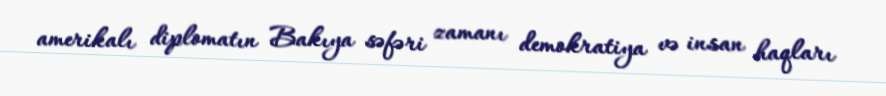
amerikalı diplomatın Bakıya səfəri zamanı demokratiya və insan haqları